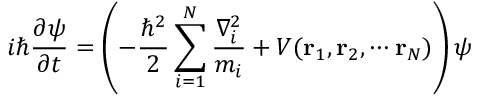
i \hbar { \frac { \partial \psi } { \partial t } } = \left( - { \frac { \hbar ^ { 2 } } { 2 } } \sum _ { i = 1 } ^ { N } { \frac { \nabla _ { i } ^ { 2 } } { m _ { i } } } + V ( \mathbf { r } _ { 1 } , \mathbf { r } _ { 2 } , \cdots \mathbf { r } _ { N } ) \right) \psi